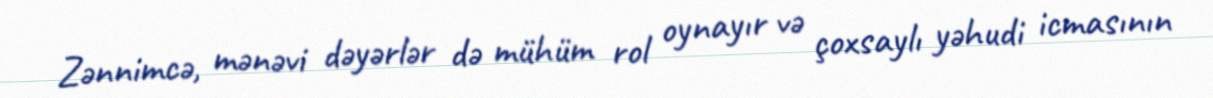
Zənnimcə, mənəvi dəyərlər də mühüm rol oynayır və çoxsaylı yəhudi icmasının